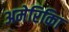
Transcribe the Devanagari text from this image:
अमेरिकिा